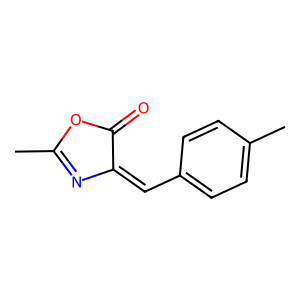
SMILES: CC1=NC(=Cc2ccc(C)cc2)C(=O)O1
Inhibits HIV replication: No